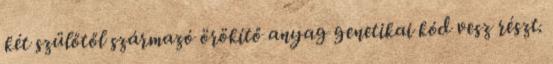
két szülőtől származó örökítő anyag genetikai kód vesz részt.